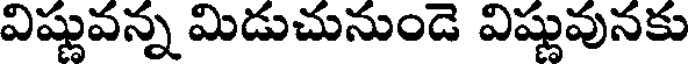
విష్ణువన్న మిడుచునుండె విష్ణువునకు